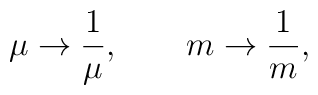
\mu \rightarrow \frac{1}{\mu },\qquad m\rightarrow \frac{1}{m},